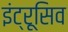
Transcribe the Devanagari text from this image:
इंट्रूसिव